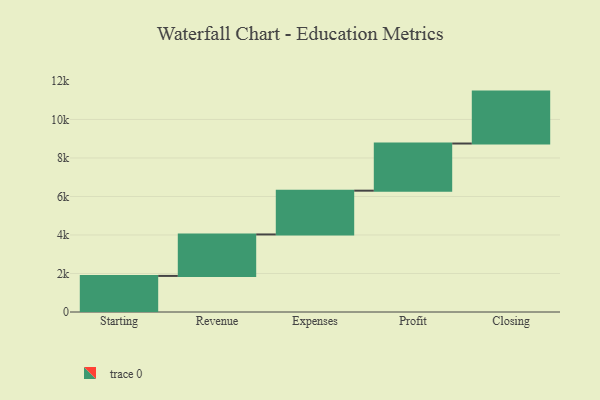
{"axis": {"x": "Step", "y": "Value"}, "legend": [""], "data": [{"x": "Starting", "y": 1874.0, "type": ""}, {"x": "Revenue", "y": 2154.0, "type": ""}, {"x": "Expenses", "y": 2274.0, "type": ""}, {"x": "Profit", "y": 2449.0, "type": ""}, {"x": "Closing", "y": 2697.0, "type": ""}]}